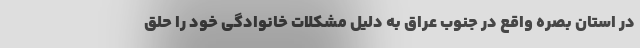
در استان بصره واقع در جنوب عراق به دلیل مشکلات خانوادگی خود را حلق